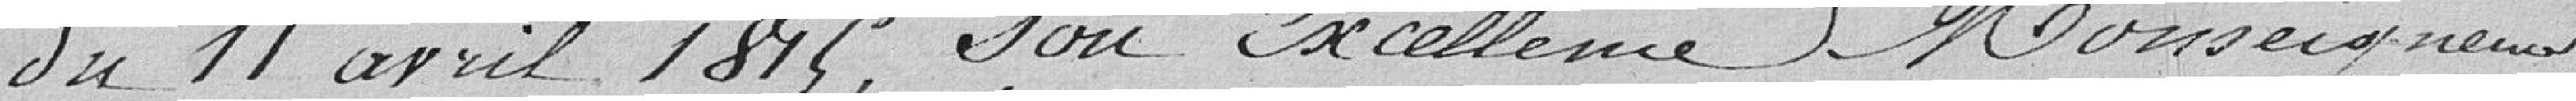
du 11 avril 1815, son Excellence Monseigneur